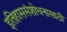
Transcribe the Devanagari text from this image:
इतिहाससंशोधनासाठी